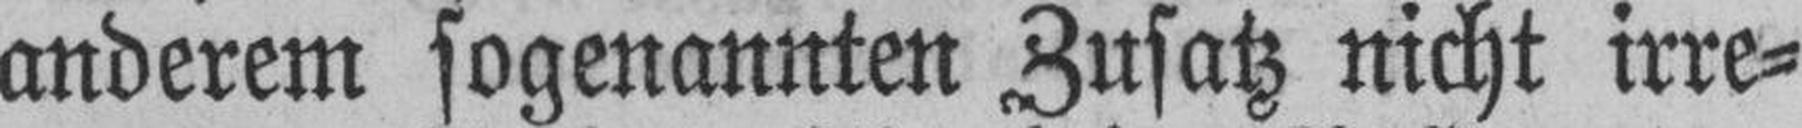
anderem sogenannten Zusatz nicht irre¬